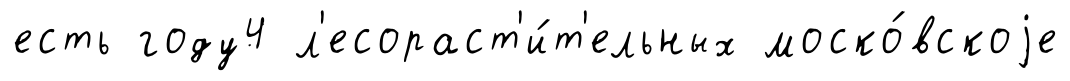
есть году4 л'есораст'и́т'ельных моско́вскоjе